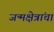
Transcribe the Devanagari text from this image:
जन्मक्षेत्रांचा